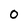
Character: 0